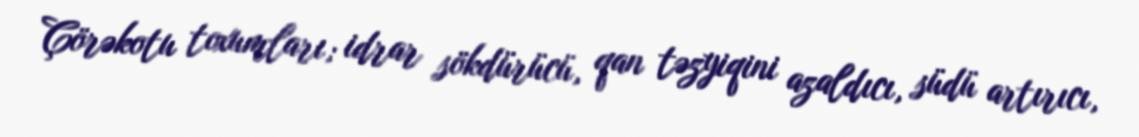
Çörəkotu toxumları; idrar sökdürücü, qan təzyiqini azaldıcı, südü artırıcı,